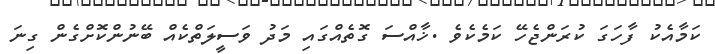
ކަމާއެކު ފާހަގަ ކުރަންޖެހޭ ކަމެކެވެ .ޚާއްސަ ގޮތެއްގައި މަދު ވަސީލަތްކެއް ބޭނުންކޮށްގެން ގިނަ